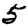
Digit: 5